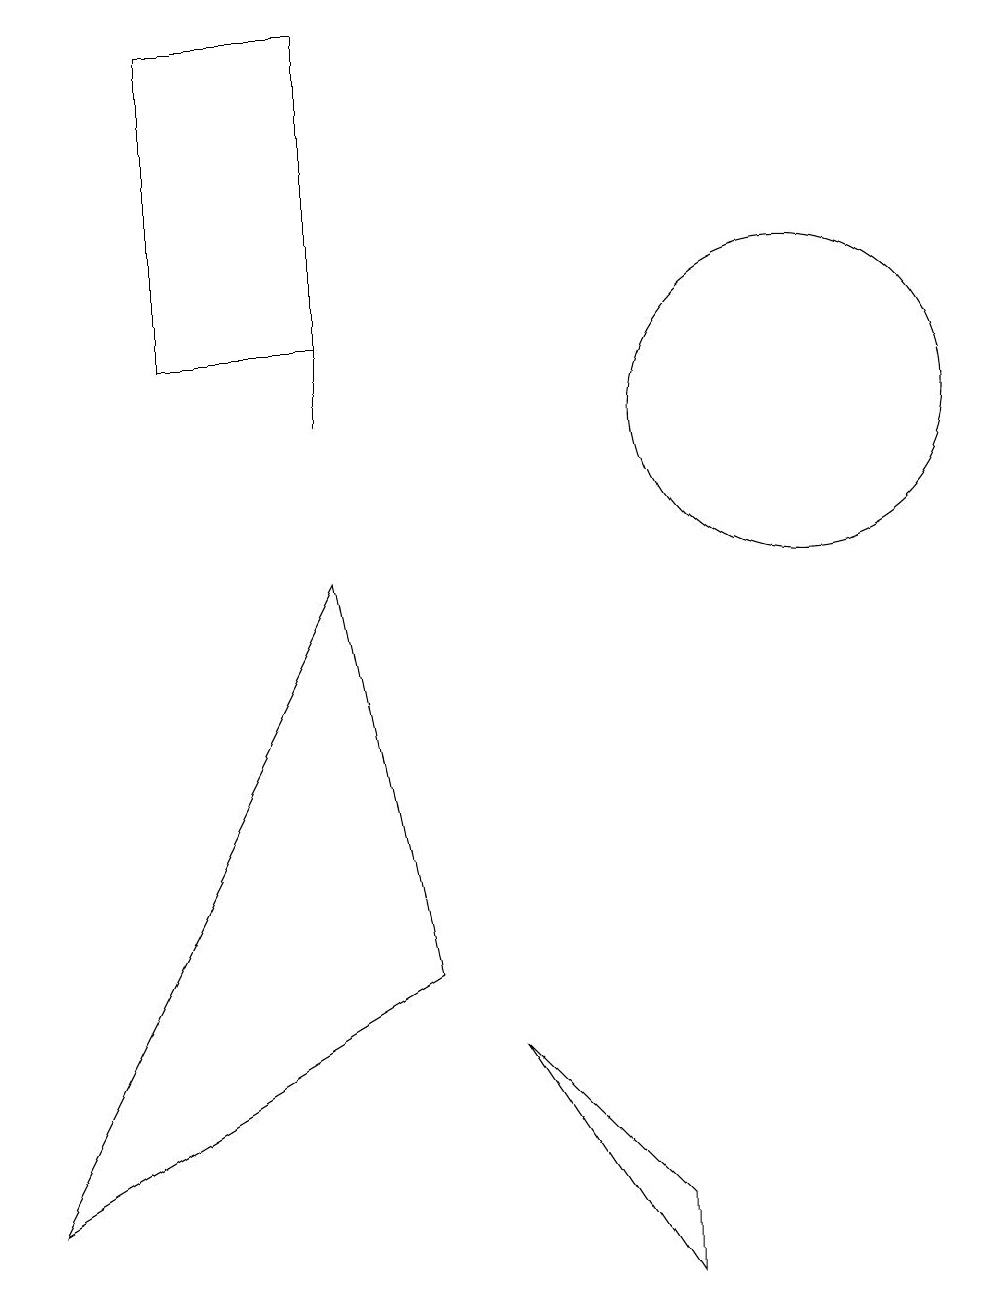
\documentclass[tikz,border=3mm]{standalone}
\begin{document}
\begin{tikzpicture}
\draw (1,1) -- (6,4) -- (5,9) -- cycle;
\draw (11,11) circle (2);
\draw (5,11) rectangle (5,12);
\draw (9,1) -- (9,0) -- (7,3) -- cycle;
\draw (5,12) rectangle (3,16);
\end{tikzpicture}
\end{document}